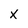
Character: X